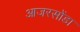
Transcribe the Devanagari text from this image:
आजरसोंडा